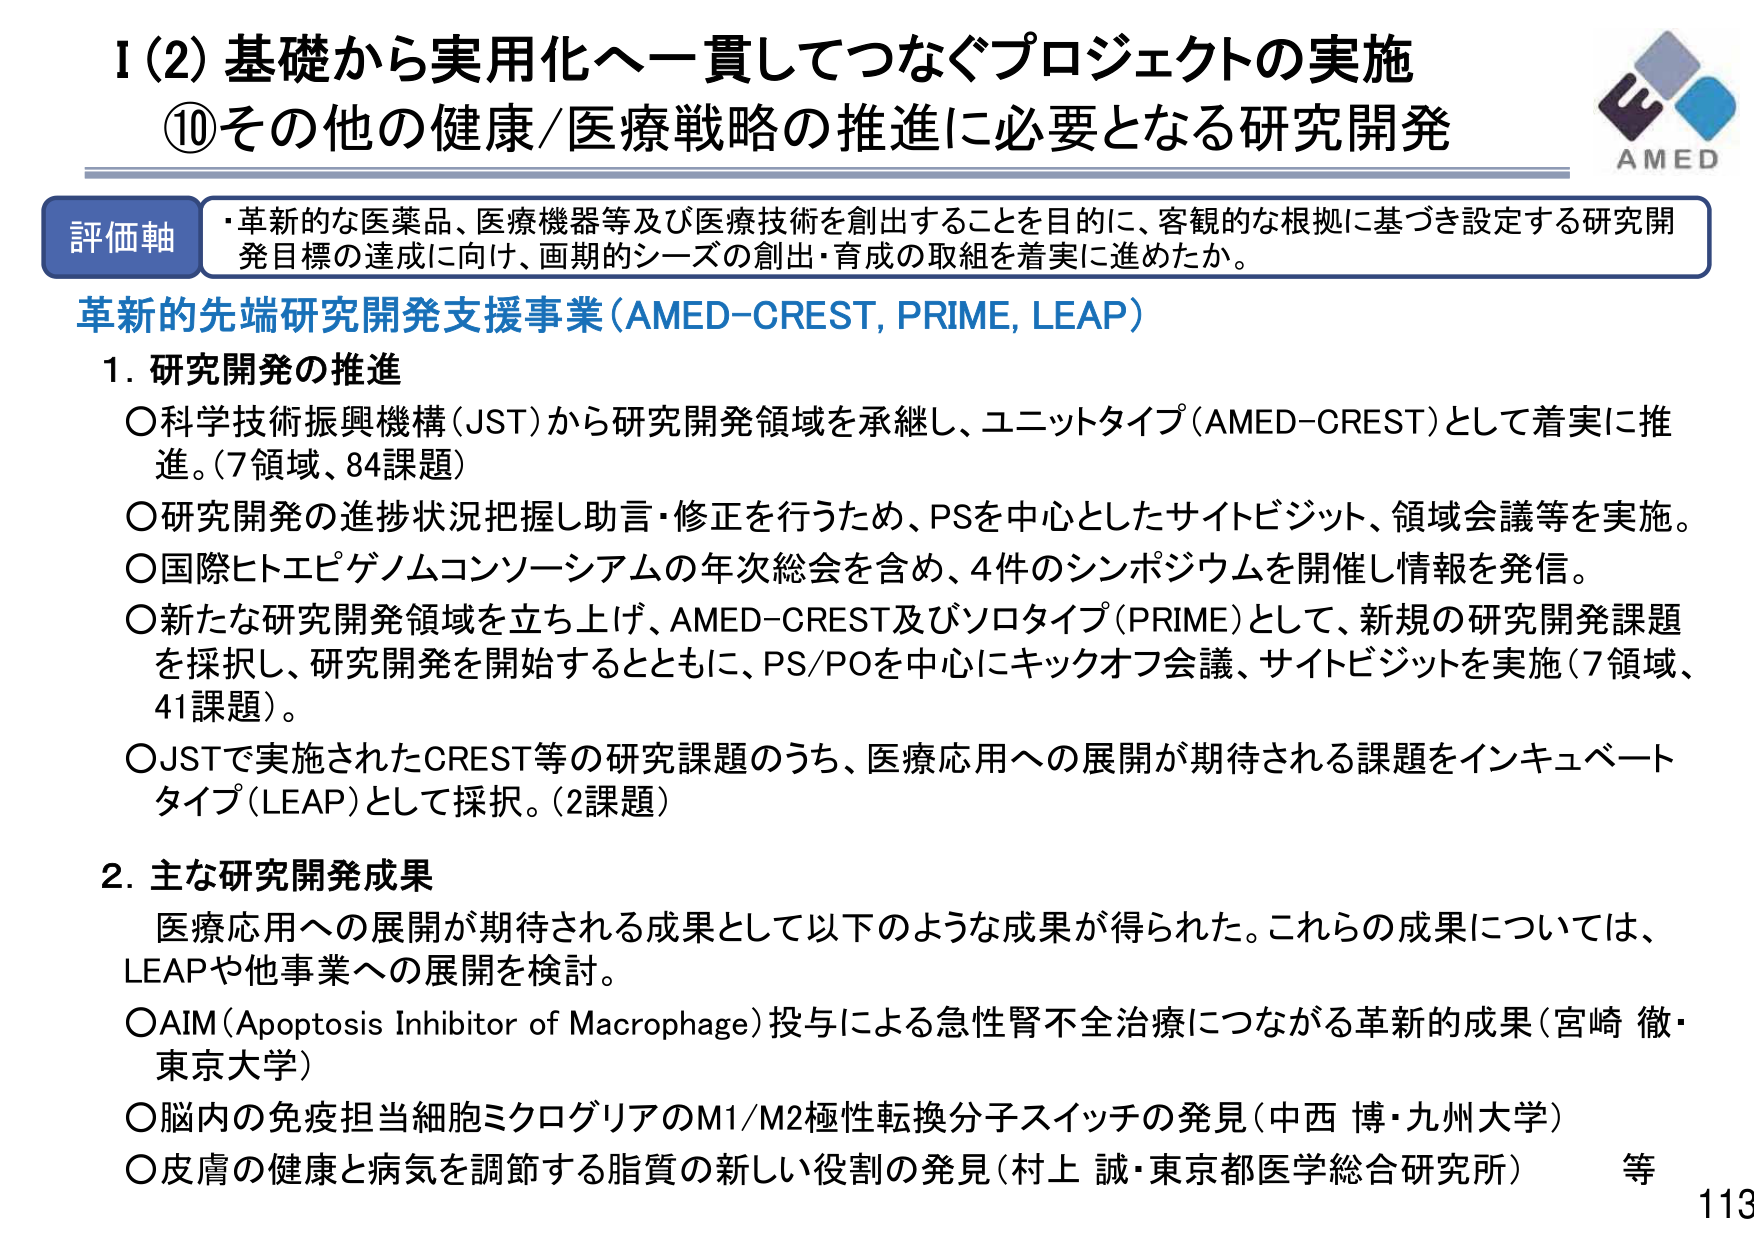
I (2) 基礎から実用化へー貫してつなぐプロジェクトの実施
⑩その他の健康/医療戦略の推進に必要となる研究開発

評価軸
・革新的な医薬品、医療機器等及び医療技術を創出することを目的に、客観的な根拠に基づき設定する研究開発目標の達成に向け、画期的シーズの創出・育成の取組を着実に進めたか。

革新的先端研究開発支援事業 (AMED-CREST, PRIME, LEAP)

1. 研究開発の推進
〇科学技術振興機構（JST）から研究開発領域を承継し、ユニットタイプ（AMED-CREST）として着実に推進。（7領域、84課題）
〇研究開発の進捗状況把握し助言・修正を行うため、PSを中心としたサイトビジット、領域会議等を実施。
〇国際ヒトエピゲノムコンソーシアムの年次総会を含め、4件のシンポジウムを開催し情報を発信。
〇新たな研究開発領域を立ち上げ、AMED-CREST及びソロタイプ（PRIME）として、新規の研究開発課題を採択し、研究開発を開始するとともに、PS/POを中心にキックオフ会議、サイトビジットを実施（7領域、41課題）。
〇JSTで実施されたCREST等の研究課題のうち、医療応用への展開が期待される課題をインキュベートタイプ（LEAP）として採択。（2課題）

2. 主な研究開発成果
医療応用への展開が期待される成果として以下のような成果が得られた。これらの成果については、LEAPや他事業への展開を検討。
〇AIM（Apoptosis Inhibitor of Macrophage）投与による急性腎不全治療につながる革新的成果（宮崎 徹・東京大学）
〇脳内の免疫担当細胞ミクログリアのM1/M2極性転換分子スイッチの発見（中西 博・九州大学）
〇皮膚の健康と病気を調節する脂質の新しい役割の発見（村上 誠・東京都医学総合研究所） 等

AMED
113